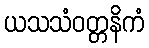
ယသသံဝတ္တနိကံ